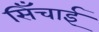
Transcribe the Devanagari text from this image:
सिँचाई